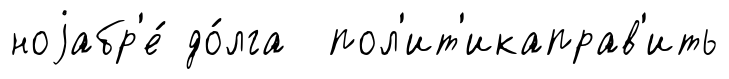
ноjабр'е́ до́лга пол'ит'икаправ'ить